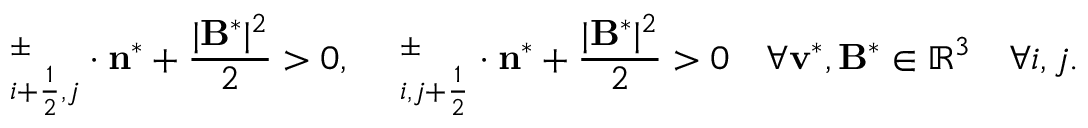
{ \bf \Pi } _ { i + \frac { 1 } { 2 } , j } ^ { \pm } \cdot \mathbf { n } ^ { * } + \frac { | \mathbf { B } ^ { * } | ^ { 2 } } { 2 } > 0 , \quad { \bf \Pi } _ { i , j + \frac { 1 } { 2 } } ^ { \pm } \cdot \mathbf { n } ^ { * } + \frac { | \mathbf { B } ^ { * } | ^ { 2 } } { 2 } > 0 \quad \forall \mathbf { v } ^ { * } , \mathbf { B } ^ { * } \in \mathbb { R } ^ { 3 } \quad \forall i , j .